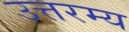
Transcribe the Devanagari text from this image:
उत्तरम्य